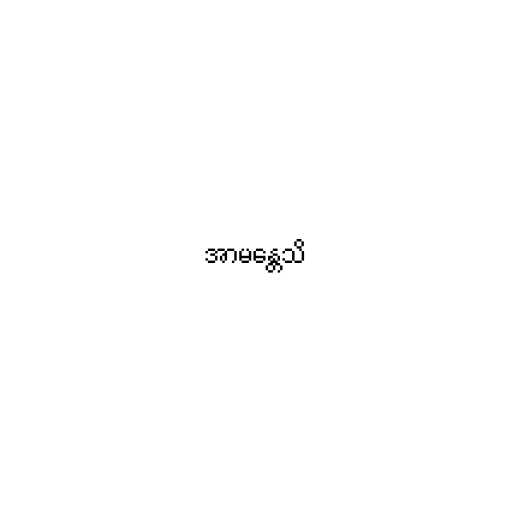
အာမန္တေသိ